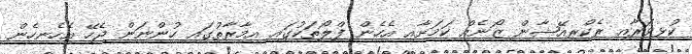
ކުޅިވަރާއި ރެކްރިއޭޝާން ޒޯނެއް ކަމަށާއި އެހެން ފްލޯތަކުގައި އިމާރާތުގައި ހުންނަން ޖެހޭ އެހެނިހެން